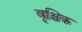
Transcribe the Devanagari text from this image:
वृश्र्चिक